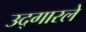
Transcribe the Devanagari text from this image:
उद्‍गारले